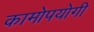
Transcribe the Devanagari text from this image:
कामोपयोगी